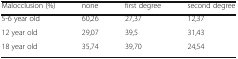
| Malocclusion (%) | none | first degree | second degree |
 | --- | --- | --- | --- |
 | 5-6 year old | 60,26 | 27,37 | 12,37 |
 | 12 year old | 29,07 | 39,5 | 31,43 |
 | 18 year old | 35,74 | 39,70 | 24,54 |